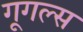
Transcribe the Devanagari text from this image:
गूगल्स